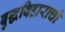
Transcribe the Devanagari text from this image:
बुद्धविहाराची